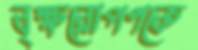
বৃক্ষরোপণকে